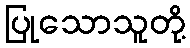
ပြုသောသူတို့